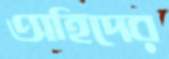
অহিদের